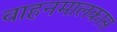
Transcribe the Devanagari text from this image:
वाहनमालकास